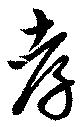
孝